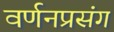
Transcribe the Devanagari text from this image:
वर्णनप्रसंग